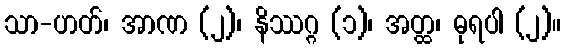
သာ-ဟတ်၊ အာဏ (၂)၊ နိဿဂ္ဂ (၁)၊ အတ္ထ၊ ဓုရပါ (၂)။